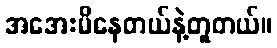
အအေးမိနေတယ်နဲ့တူတယ်။